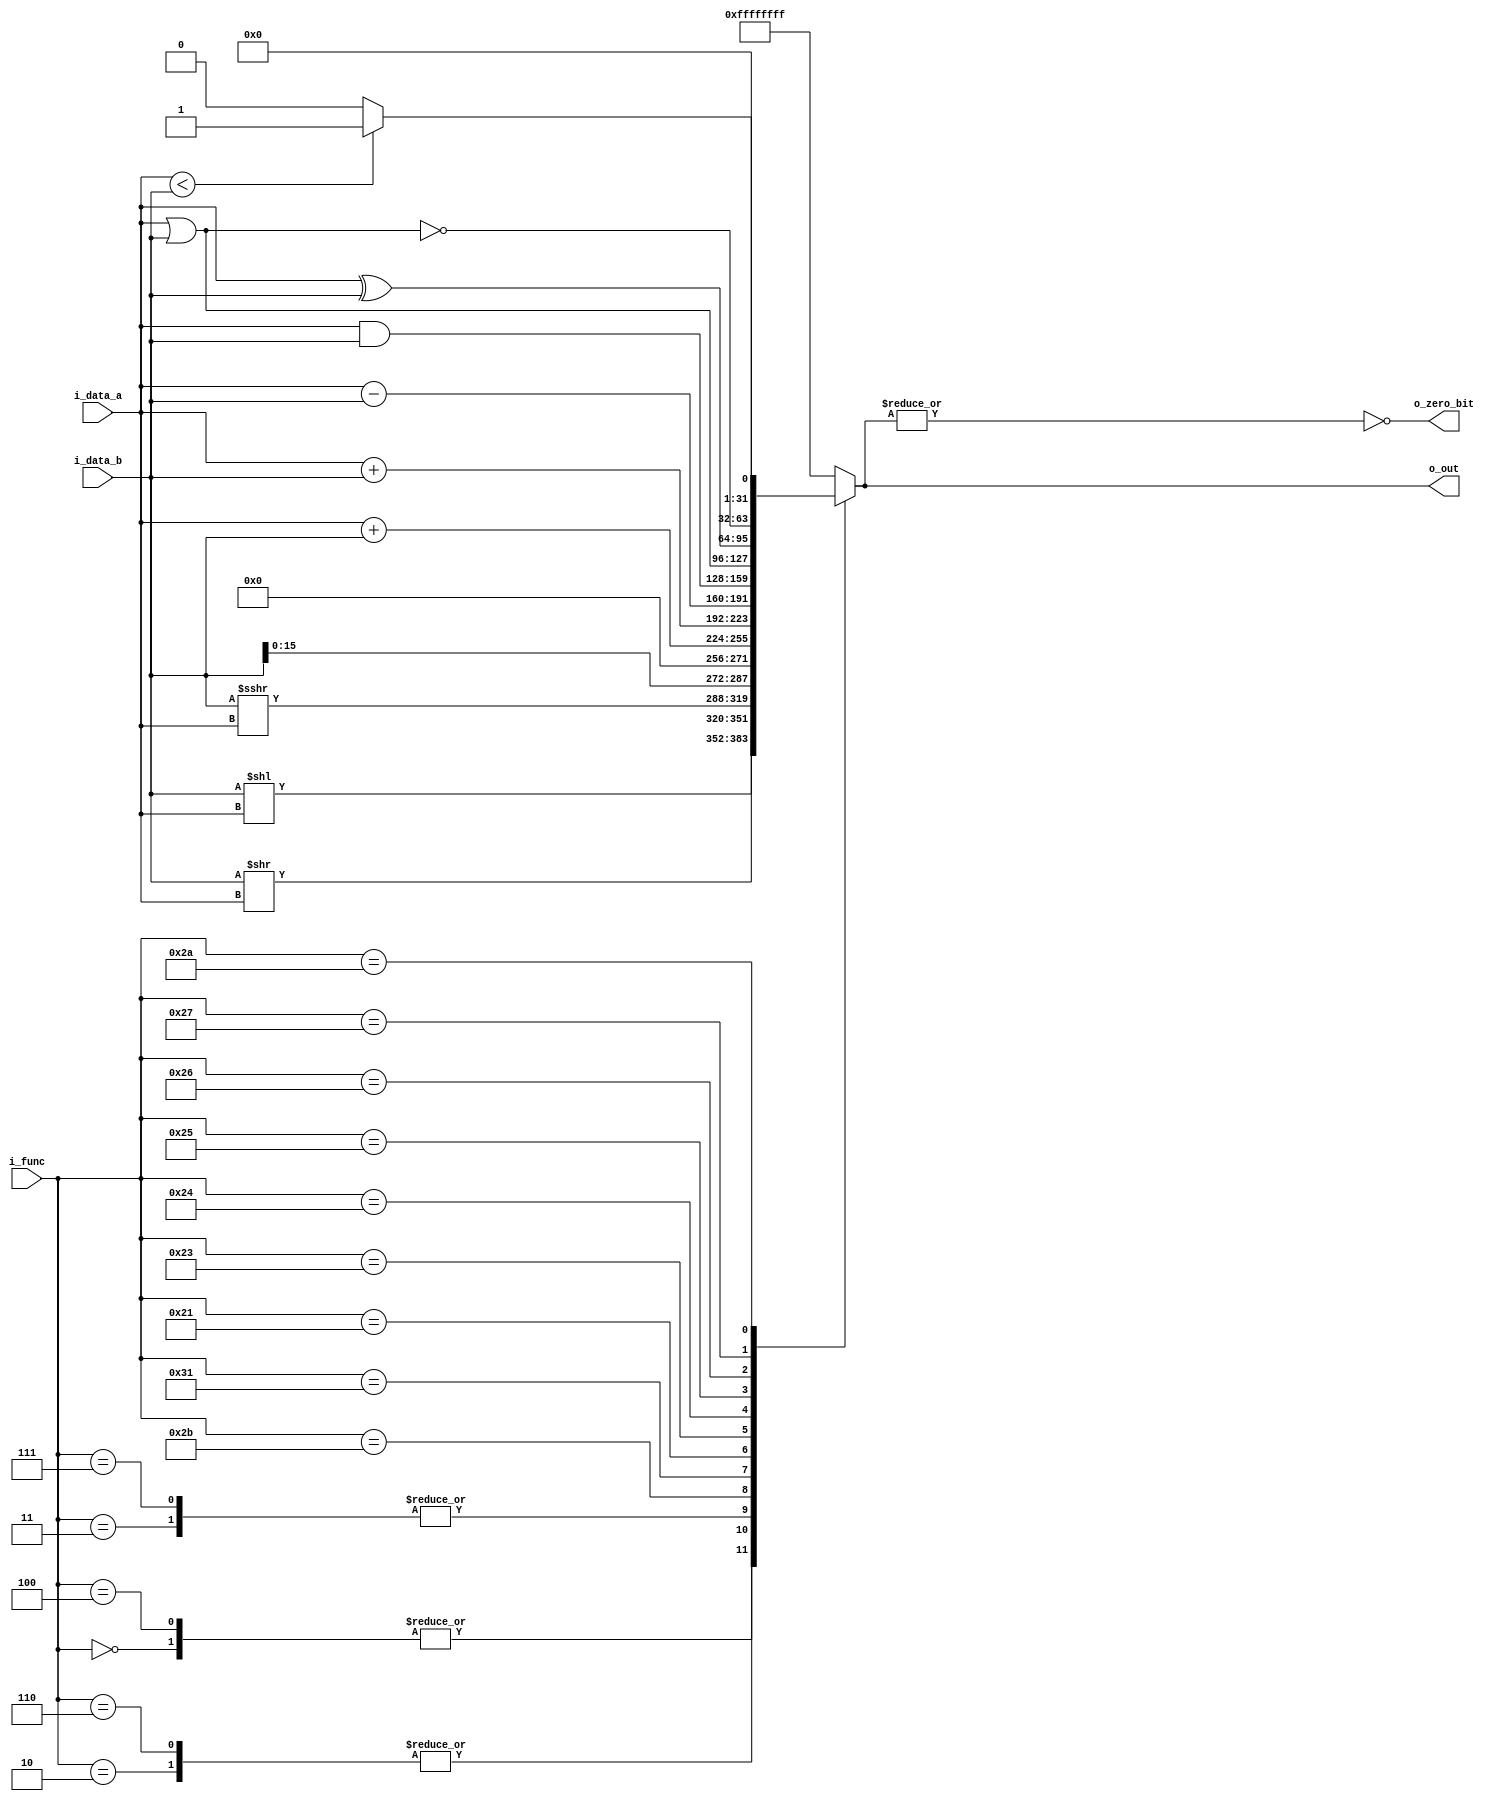
`timescale 1ns / 1ps

module alu#(
        parameter TAM_FUNC = 6,
        parameter TAM_DATA = 32
    )(
        input [TAM_DATA - 1 : 0] i_data_a, i_data_b,
        input [TAM_FUNC - 1 : 0] i_func,
        output [TAM_DATA - 1 : 0] o_out,
        output o_zero_bit
    );
    localparam SLL      =   6'b000000;  // Left  Shift i_data_b shamt  
    localparam SRL      =   6'b000010;  // Right Shift i_data_b shamt (insertando ceros) L de logic
    localparam SRA      =   6'b000011;  // Right Shift i_data_b shamt (Aritmetico, conservando el sig)
    localparam SLLV     =   6'b000100;  // Left  Shift i_data_b << i_data_a
    localparam SRLV     =   6'b000110;  // Right Shift i_data_b >> i_data_a (insertando ceros) L de logic
    localparam SRAV     =   6'b000111;  // Right Shift i_data_b >> i_data_a (conservando signo)
    localparam ADD      =   6'b110001;
    localparam ADDU     =   6'b100001;  // Add unsigned
    localparam SUBU     =   6'b100011;  // rs - rt (signed obvio)
    localparam AND      =   6'b100100;
    localparam OR       =   6'b100101;
    localparam XOR      =   6'b100110;
    localparam NOR      =   6'b100111;
    localparam SLT      =   6'b101010;
    localparam SHIFTLUI =   6'b101011;
    
    reg[TAM_DATA : 0] reg_result; //tiene un bit extra para el carry
    assign o_out = reg_result; //7:0
    assign o_zero_bit = ~|o_out;
    
always @(*)
    case (i_func)
        /* Shift */
        SLL  : reg_result    = i_data_b  <<  i_data_a;
        SRL  : reg_result    = i_data_b  >>  i_data_a;
        SRA  : reg_result    = $signed(i_data_b) >>>  i_data_a;
        SLLV : reg_result    = i_data_b  <<  i_data_a;
        SRLV : reg_result    = i_data_b  >>  i_data_a;
        SRAV : reg_result    = $signed(i_data_b) >>>  i_data_a;
        SHIFTLUI: reg_result = {i_data_b[15:0],{16{1'b0}}} ;
        /* aritmetica basica */
        ADD  : reg_result    = $signed (i_data_a) + $signed (i_data_b);
        ADDU : reg_result    = i_data_a + i_data_b;
        SUBU : reg_result    = $signed (i_data_a) - $signed (i_data_b);
        /* Logic  */
        AND  : reg_result    =  i_data_a & i_data_b;
        OR   : reg_result    =  i_data_a | i_data_b;
        XOR  : reg_result    =  i_data_a ^ i_data_b;
        NOR  : reg_result    = ~(i_data_a | i_data_b);
        /**/
        SLT  : reg_result    = ($signed (i_data_a) < $signed (i_data_b)) ? 'd1 : 'd0;
        
        default: reg_result   = {TAM_DATA{1'b1}};
    endcase
endmodule